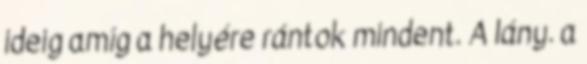
ideig amíg a helyére rántok mindent. A lány. a